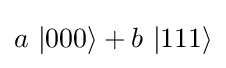
a\ |000\rangle +b\ |111\rangle